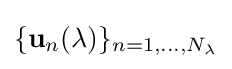
\{\mathbf {u} _{n}(\lambda )\}_{n=1,\dots ,N_{\lambda }}